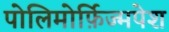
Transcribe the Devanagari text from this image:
पोलिमोर्फ़िज्मपेश